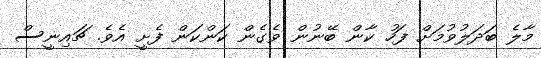
މާލެ ބަދަލުވުމަށް ފަހު ކާން ބޭނުން ވެގެން ކަންކަން ފެށީ އެވެ. ޗައިނީސް